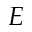
E